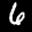
Label: 6